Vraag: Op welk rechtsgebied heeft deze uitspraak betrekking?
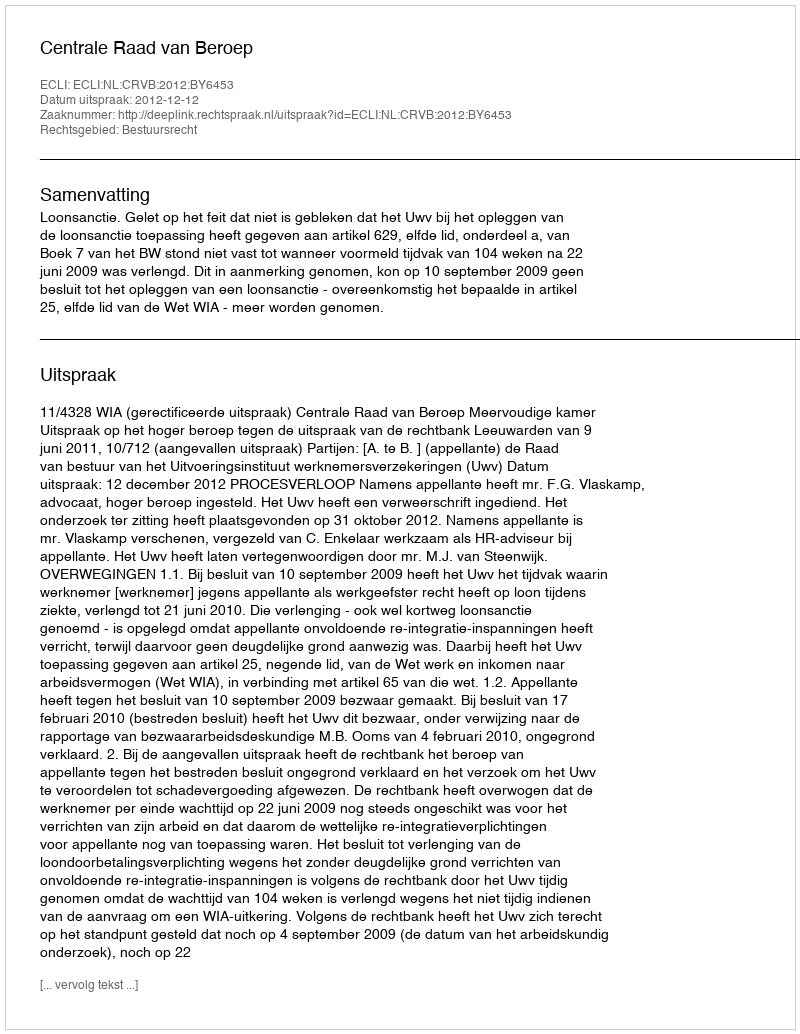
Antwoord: Bestuursrecht